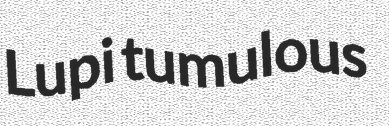
Lupi tumulous